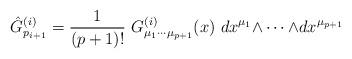
LaTeX: \begin{align*}\hat G^{(i)}_{p_{i+1}}={1 \over (p+1)!}\ G^{(i)}_{\mu_1\cdots \mu_{p+1}}(x)\ dx^{\mu_1} {\wedge \cdots \wedge }dx^{\mu_{p+1}}\end{align*}